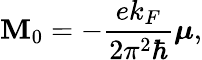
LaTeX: \mathbf{M}_{0}=-\frac{ek_{F}}{2\pi^{2}\hbar}\boldsymbol{\mu},